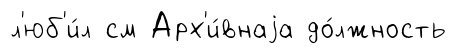
л'юб'и́л см Арх'и́внаjа до́лжность